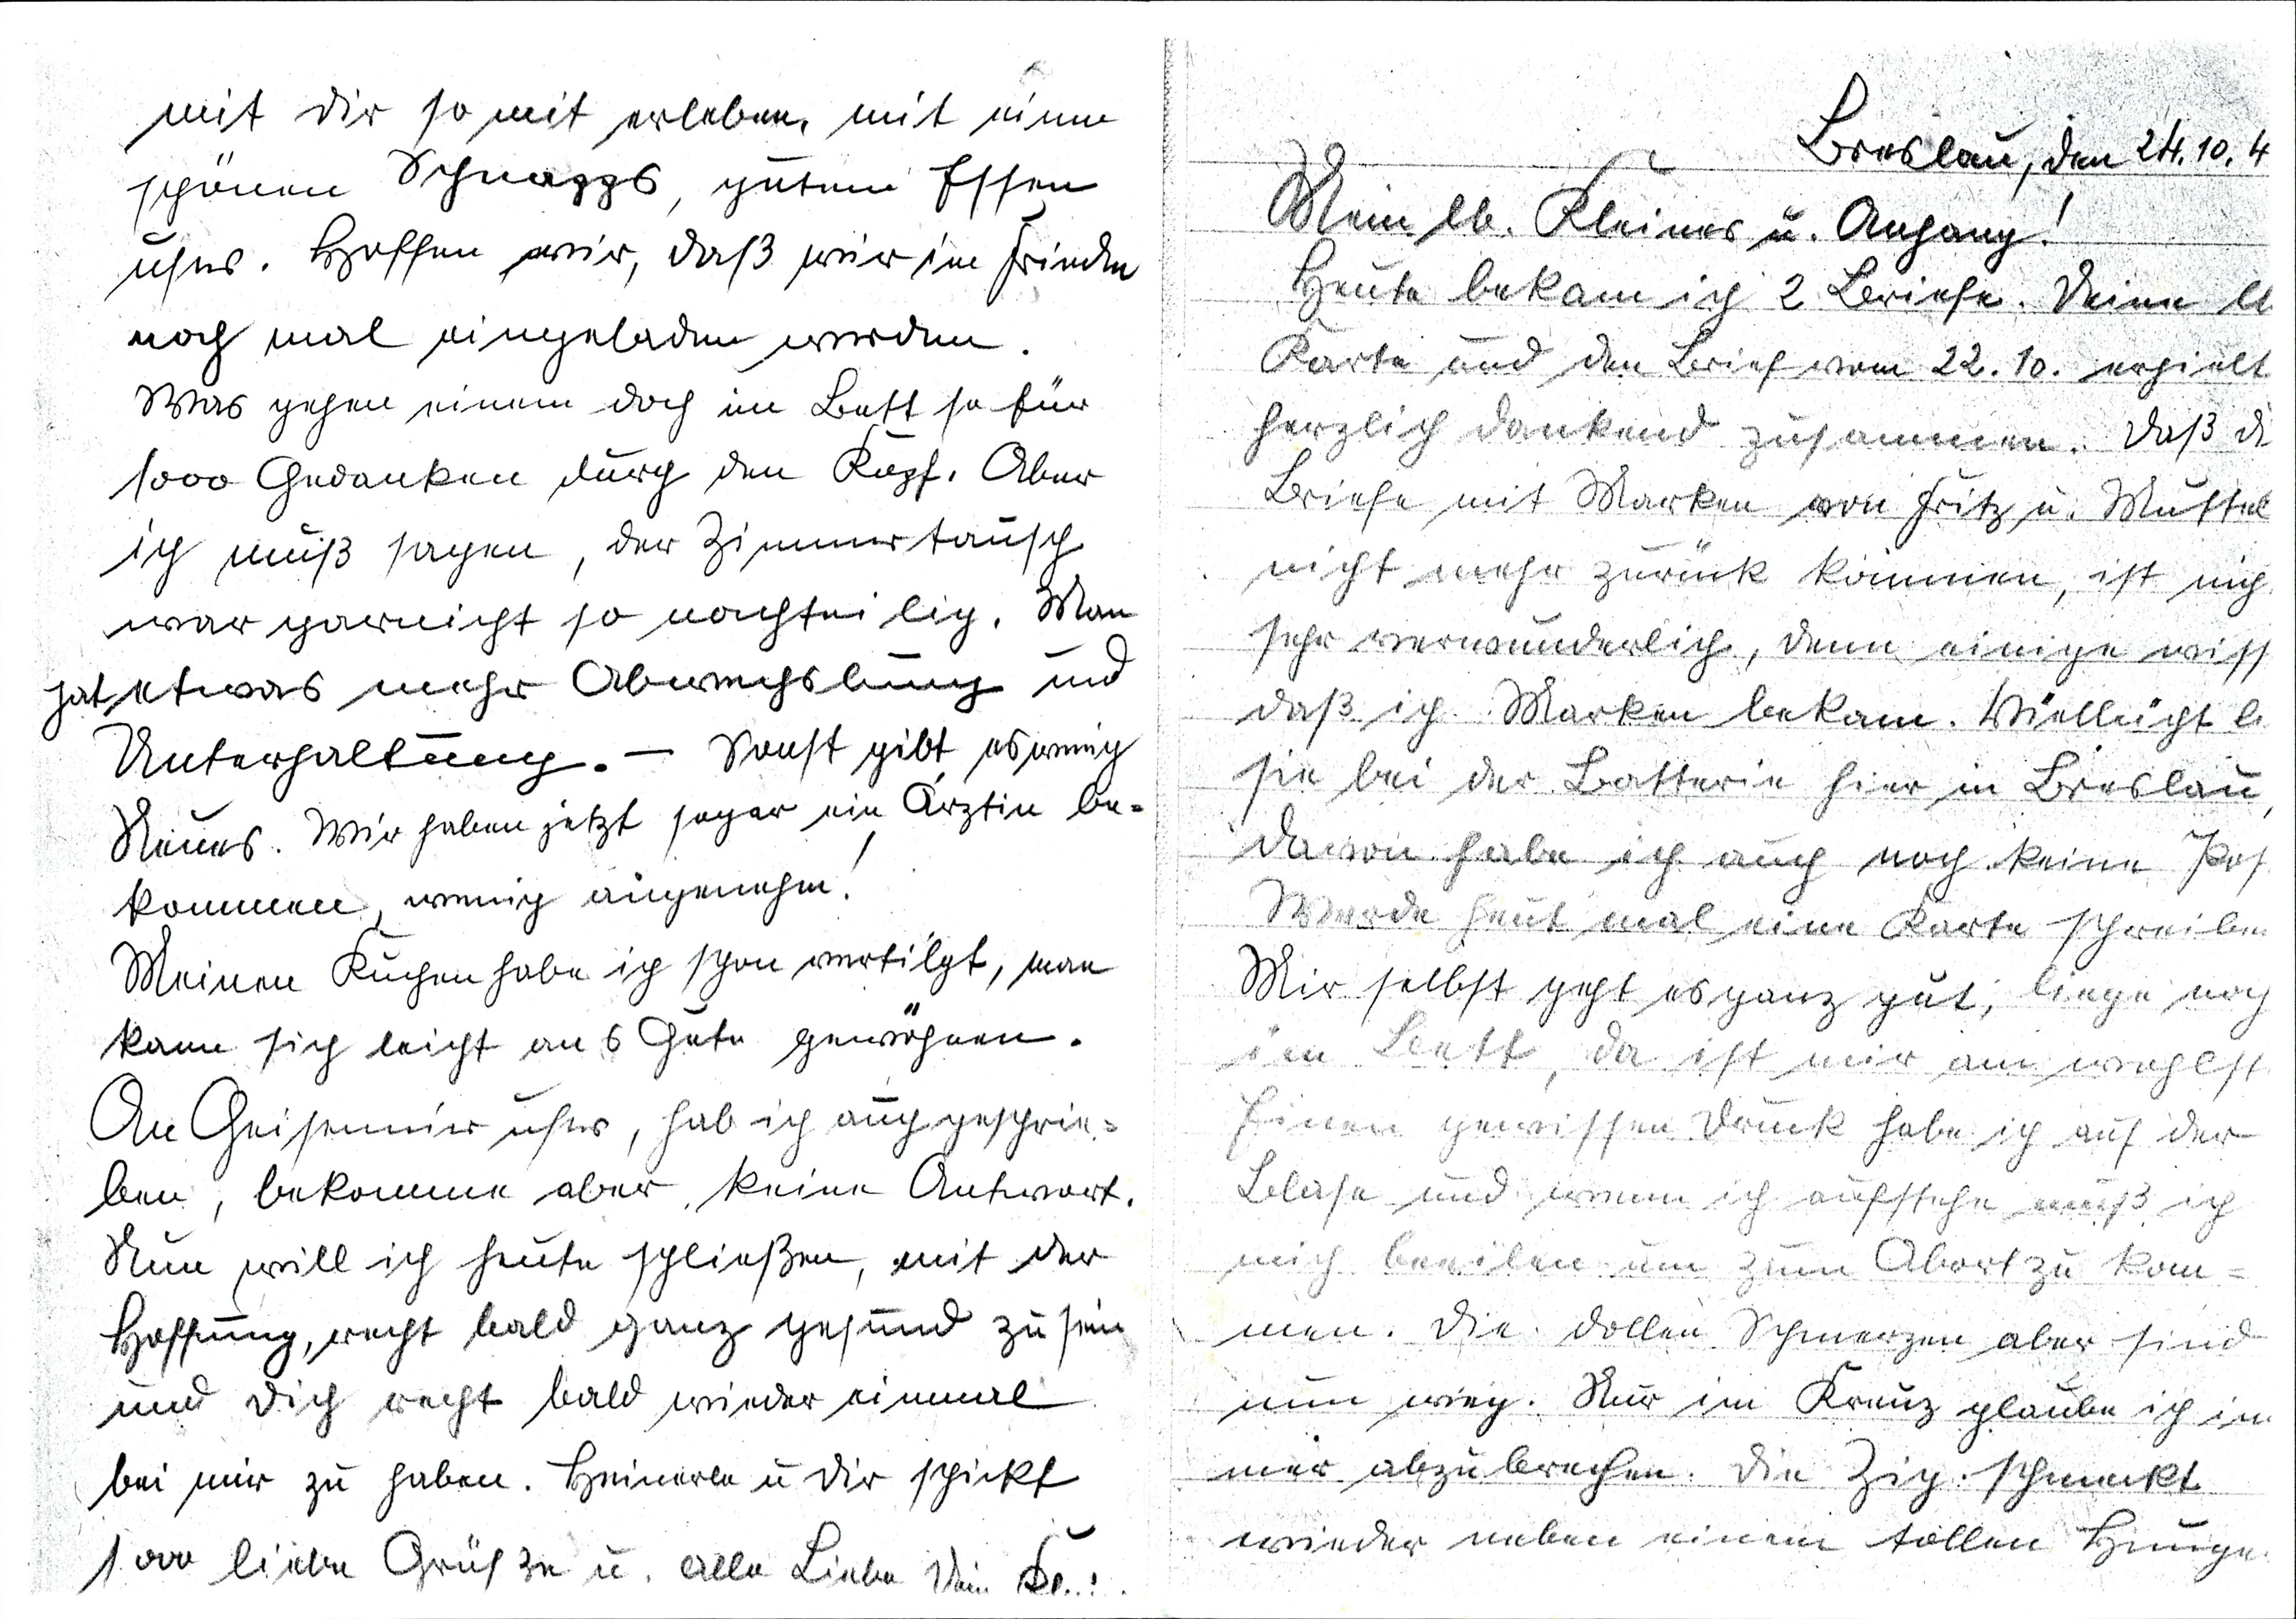
mit Dir so mit erleben, mit einem
schönen Schnapps, gutem Essen
usw. Hoffen wir, daß wir im Frieden
noch mal eingeladen werden.
Was gehen einem doch im Bett so für
1000 Gedanken durch den Kopf. Aber
ich muß sagen, der Zimmertausch
war garnicht so nachteilig. Man
hat etwas mehr Abwechslung und
Unterhaltung. - Sonst gibt es wenig
Neues. Wir haben jetzt sogar ein Ärztin be¬
kommen, wenig angenehm !
Meinen Kuchen habe ich schon vertilgt, man
kann sich leicht ans Gute gewöhnen.
An Geisir usw, hab ich auch geschrie¬
ben, bekomme aber keine Antwort.
Nun will ich heute schließen, mit der
Hoffnung, recht bald ganz gesund zu sein
und Dich recht bald wieder einmal
bei mir zu haben. Heinerle u. Dir schickt
sooo liebe Grüße zu u. alle Liebe Dein Klei

Breslau, den 24.10.4
Mein lb. Kleines u. Anhang!
Heute bekam ich 2 Briefe. Deine l
Karte und den Brief vom 22.10. erhielt
herzlich dankend zusammen. Daß d
Briefe mit Marken von Fritz u. Mutter
nicht mehr zurück kommen, ist nich
sehr verwunderlich, denn einige wiss
daß ich Marken bekam. Vielleicht l
sie bei der Batterie hier in Breslau,
Davon habe ich auch noch keine Pos
Werde heute mal eine Karte schreiben
Mir selbst geht es ganz gut, liege noch
im Bett, da ist mir am wohlst
Einen gewissen Druck habe ich auf der
Blase und wenn ich aufstehe muß ich
mich beeilen um zum Abort zu kom¬
men. Die dollen Schmerzen aber sind
nun weg. Nur im Kreuz glaube ich im¬
mer abzubrechen. Die Zig. schmeckt
wieder neben einem tollen Hunge